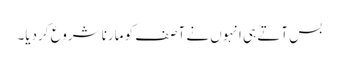
بس آتے ہی انہوں نے آصف کو مارنا شروع کردیا۔